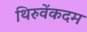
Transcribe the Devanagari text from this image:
थिरुवेंकदम